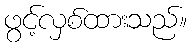
ဖွင့်လှစ်ထားသည်။